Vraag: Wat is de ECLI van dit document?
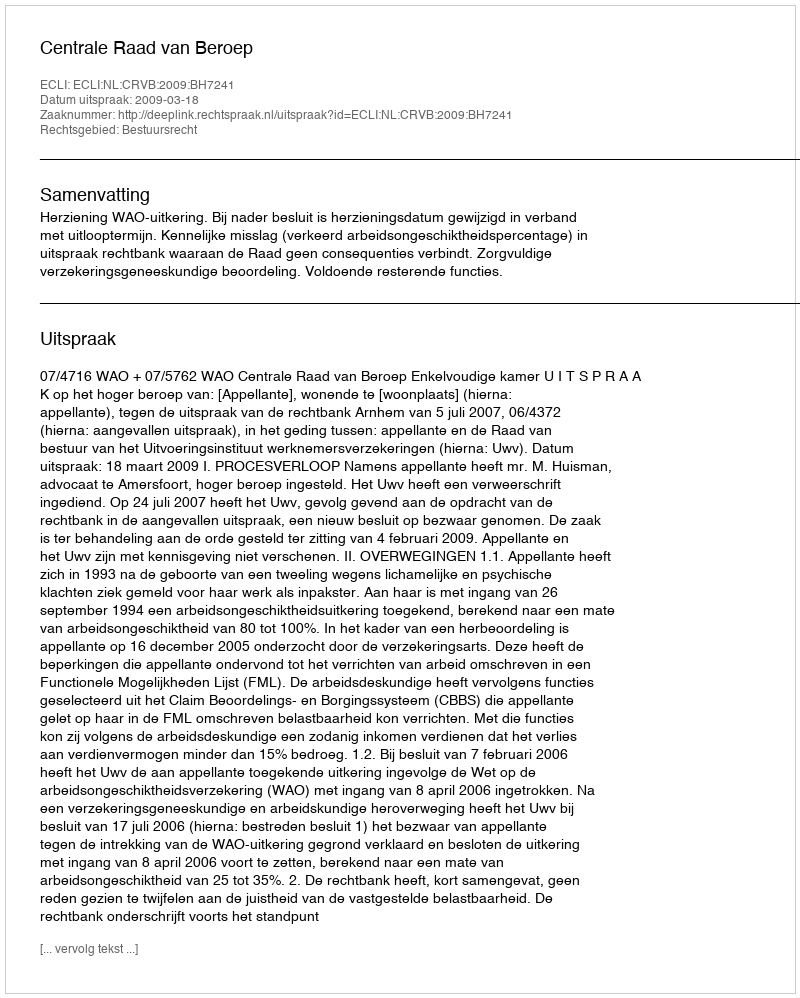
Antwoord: ECLI:NL:CRVB:2009:BH7241